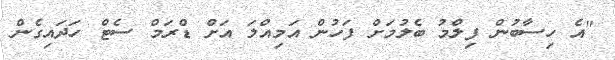
"އެ ހިސާބުން ފިލްމު ބެލުމަށް ފަހުން އަމިއްލަ އަށް ޑްރަމް ސެޓް ހަދައިގެން